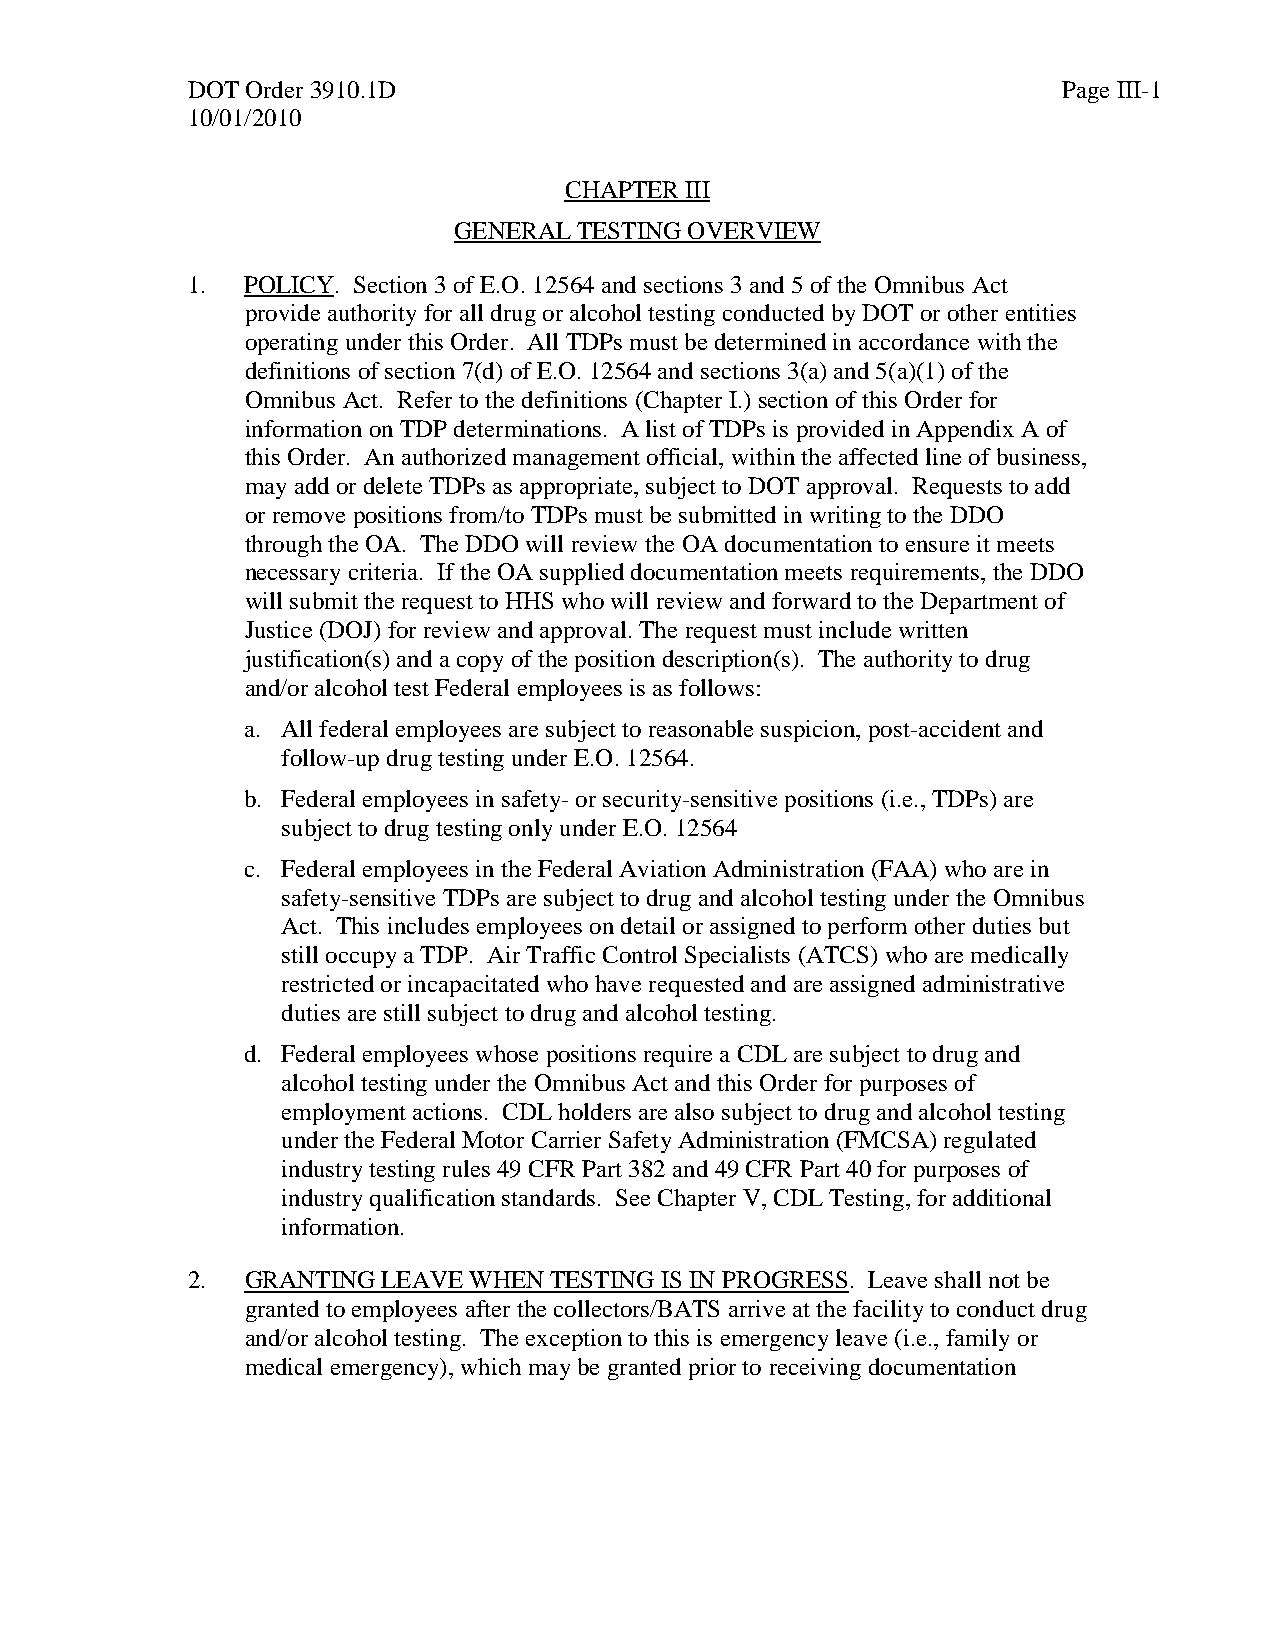
DOT Order 3910.1D                                         Page III-1
 10/01/2010
 CHAPTER III
 GENERAL TESTING OVERVIEW
 1.  POLICY. Section 3 of E.O. 12564 and sections 3 and 5 of the Omnibus Act
 provide authority for all drug or alcohol testing conducted by DOT or other entities
 operating under this Order. All TDPs must be determined in accordance with the
 definitions of section 7(d) of E.O. 12564 and sections 3(a) and 5(a)(1) of the
 Omnibus Act. Refer to the definitions (Chapter I.) section of this Order for
 information on TDP determinations. A list of TDPs is provided in Appendix A of
 this Order. An authorized management official, within the affected line of business,
 may add or delete TDPs as appropriate, subject to DOT approval. Requests to add
 or remove positions from/to TDPs must be submitted in writing to the DDO
 through the OA. The DDO will review the OA documentation to ensure it meets
 necessary criteria. If the OA supplied documentation meets requirements, the DDO
 will submit the request to HHS who will review and forward to the Department of
 Justice (DOJ) for review and approval. The request must include written
 justification(s) and a copy of the position description(s). The authority to drug
 and/or alcohol test Federal employees is as follows:
 a. All federal employees are subject to reasonable suspicion, post-accident and
 follow-up drug testing under E.O. 12564.
 b. Federal employees in safety- or security-sensitive positions (i.e., TDPs) are
 subject to drug testing only under E.O. 12564
 c. Federal employees in the Federal Aviation Administration (FAA) who are in
 safety-sensitive TDPs are subject to drug and alcohol testing under the Omnibus
 Act. This includes employees on detail or assigned to perform other duties but
 still occupy a TDP. Air Traffic Control Specialists (ATCS) who are medically
 restricted or incapacitated who have requested and are assigned administrative
 duties are still subject to drug and alcohol testing.
 d. Federal employees whose positions require a CDL are subject to drug and
 alcohol testing under the Omnibus Act and this Order for purposes of
 employment actions. CDL holders are also subject to drug and alcohol testing
 under the Federal Motor Carrier Safety Administration (FMCSA) regulated
 industry testing rules 49 CFR Part 382 and 49 CFR Part 40 for purposes of
 industry qualification standards. See Chapter V, CDL Testing, for additional
 information.
 2.  GRANTING LEAVE WHEN TESTING IS IN PROGRESS. Leave shall not be
 granted to employees after the collectors/BATS arrive at the facility to conduct drug
 and/or alcohol testing. The exception to this is emergency leave (i.e., family or
 medical emergency), which may be granted prior to receiving documentation